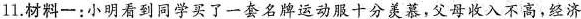
11.材料一：小明看到同学买了一套名牌运动服十分羡慕，父母收入不高，经济